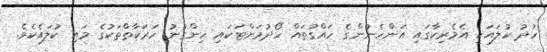
ހުދު ކުލައަކީ އެމެރިކާގައި އަންހެނުންގެ ހައްގުތައް ހޯދުމަށްޓަކައި ހިންގުނު ހަރަކާތްތަކުގެ މައި ކުލައެކެވެ.